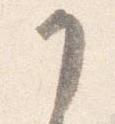
了